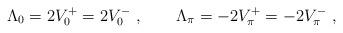
LaTeX: \begin{align*}\Lambda_{0}=2V_{0}^{+}=2V_{0}^{-}\ ,\qquad \Lambda_{\pi}=-2V_{\pi}^{+}=-2V_{\pi}^{-}\ ,\end{align*}